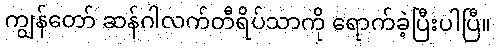
ကျွန်တော် ဆန်ဂါလက်တီရိပ်သာကို ရောက်ခဲ့ပြီးပါပြီ။